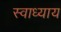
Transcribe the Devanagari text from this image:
स्‍वाध्‍याय